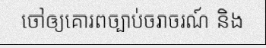
ចៅឲ្យគោរពច្បាប់ចរាចរណ៍ និង